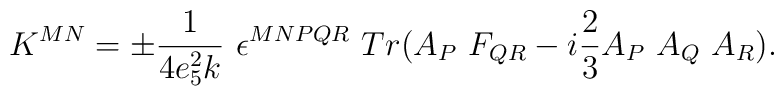
K^{M N} = \pm \frac{1}{4 e_5^2 k} \ \epsilon^{M N P Q R} \ Tr( A_{P} \ F_{Q R} - i \frac{2}{3} A_P \ A_Q \ A_R ).